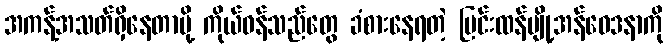
အကန့်အသတ်ရှိနေတာမို့ ကိုယ်ဝန်သည်တွေ ခံစားနေရတဲ့ ပြင်းထန်ပျို့အန်ဝေဒနာကို